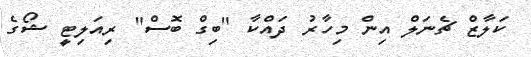
ކަލާޒް ޗެނަލް އިން މިހާރު ދައްކާ "ބިގް ބޮސް" ރިއަލިޓީ ޝޯގެ